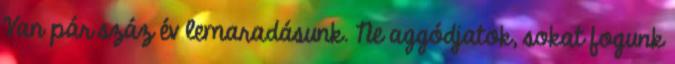
Van pár száz év lemaradásunk. Ne aggódjatok, sokat fogunk